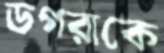
ডগরাকে